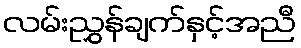
လမ်းညွှန်ချက်နှင့်အညီ